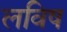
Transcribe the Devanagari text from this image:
लविष